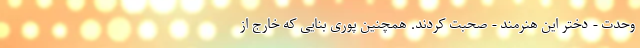
وحدت - دختر این هنرمند - صحبت کردند. همچنین پوری بنایی که خارج از